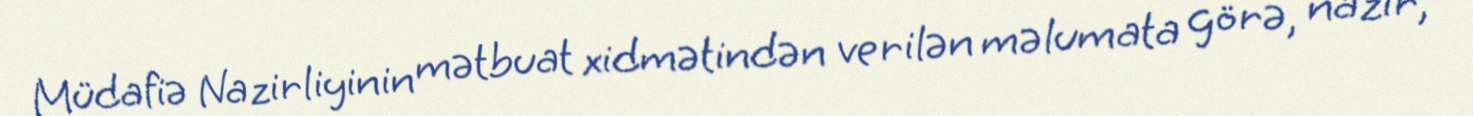
Müdafiə Nazirliyinin mətbuat xidmətindən verilən məlumata görə, nazir,